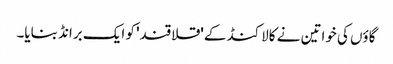
گاؤں کی خواتین نے کالاکنڈ کے 'قلاقند' کو ایک برانڈ بنایا۔